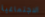
الاجتماعية